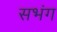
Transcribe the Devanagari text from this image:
सभंग